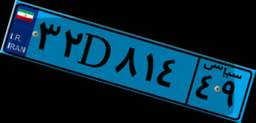
۹۸D۱۳۶۷۷